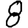
Digit: 8